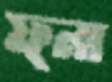
ফ্না